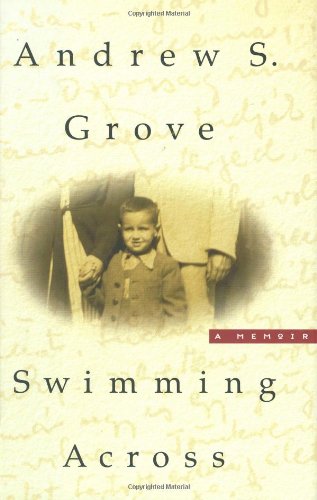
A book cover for Swimming Across: A Memoir; Andrew S. Grove; Biographies & Memoirs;